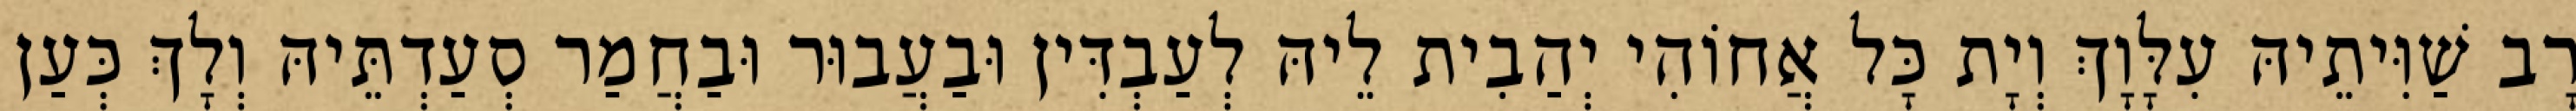
רָב שַׁוִּיתֵיהּ עִלָּוָךְ וְיָת כָּל אֲחוֹהִי יְהַבִית לֵיהּ לְעַבְדִּין וּבַעֲבוּר וּבַחֲמַר סְעַדְתֵּיהּ וְלָךְ כְּעַן